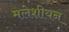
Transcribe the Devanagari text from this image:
मलेशीयन